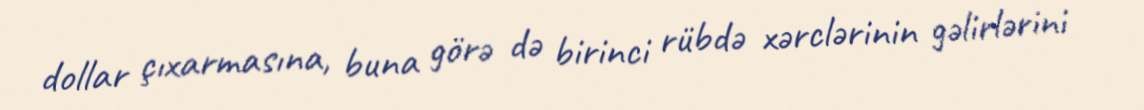
dollar çıxarmasına, buna görə də birinci rübdə xərclərinin gəlirlərini